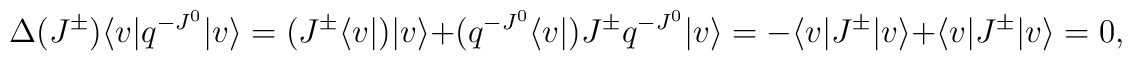
\Delta (J^{\pm})\langle v|q^{-J^{0}}|v\rangle=(J^{\pm}\langle v|)|v\rangle +(q^{-J^{0}}\langle v|) J^{\pm} q^{-J^{0}}|v\rangle= -\langle v| J^{\pm}|v\rangle + \langle v|J^{\pm}|v\rangle = 0,